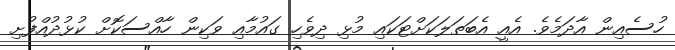
ހުސެއިން އާދަމެވެ. އެއީ އެބަތަލަކަށްޓަކައި މުޅި ދިވެހި ގައުމާއި ވަކިން ހާއްސަކޮށް ކުޅުދުއްފުށި